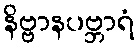
နိဗ္ဗာနပဗ္ဘာရံ